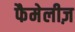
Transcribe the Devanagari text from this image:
फैमेलीज़